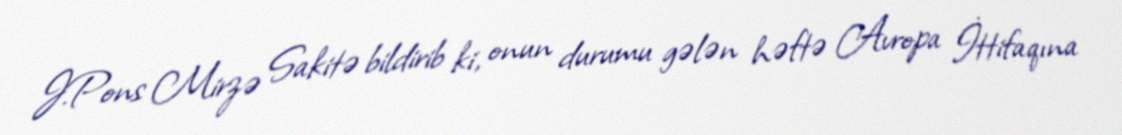
J.Pons Mirzə Sakitə bildirib ki, onun durumu gələn həftə Avropa İttifaqına